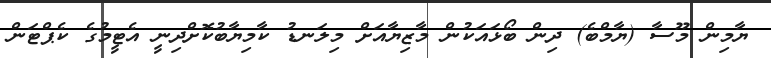
ޔާމިން މޫސާ (ޔާމްބެ) ދިން ބޯޅައަކުން މާޒިޔާއަށް މިލަނޑު ކާމިޔާބުކޮށްދިނީ އެޓީމުގެ ކެޕްޓަން